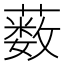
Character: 薮